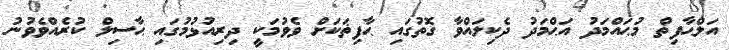
އަލްޙާފިޡް މުޙައްމަދު އަޙްމަދު ދެކިލައްވާ ގޮތުގައި ޙާފިޡަކަށް ވެވުމަކީ ދިރިއުޅުމުގައި ޙާސިލް ކުރެއްވެވުނު